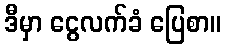
ဒီမှာ ငွေလက်ခံ ပြေစာ။